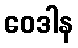
ဝေဒါန